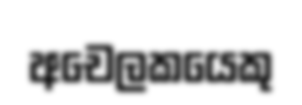
අචෙලකයෙකු